Indian journal of veterinary science and animal husbandry - Volume 12,
Year: 1942
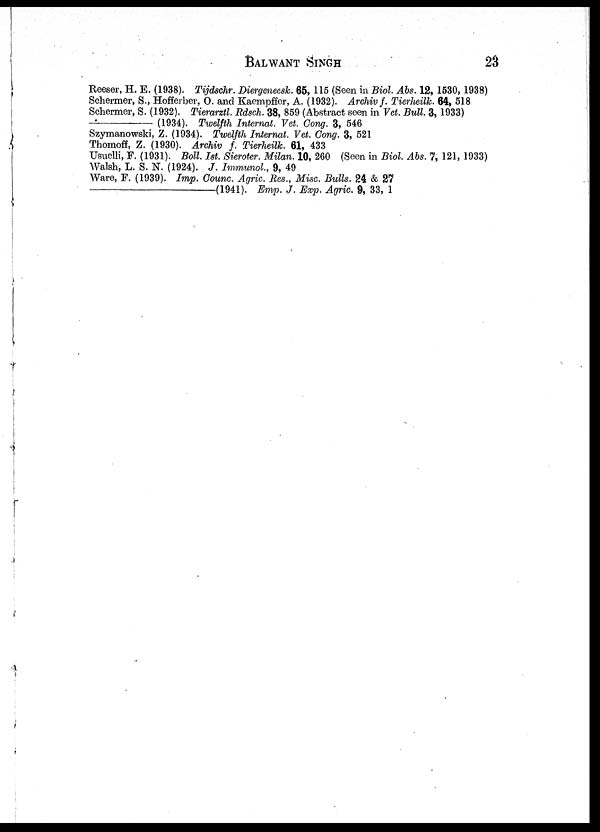
BALWANT
SINGH
23
Reeser, H. E. (1938). Tijdschr. Diergeneesk. 65, 115 (Seen in Biol. Abs. 12, 1530, 1938)
Schermer, S., Hofferber, O. and Kaempffer, A. (1932). Archiv f. Tierheilk. 64, 518
Schermer, S. (1932). Tierarztl. Rdsch. 38, 859 (Abstract seen in Vet. Bull. 3, 1933)
—
(1934). Tivelfth Internat. Vet. Gong. 3, 546
Szymanowski, Z. (1934). Twelfth Internat. Vet. Cong. 3, 521
Thomoff, Z. (1930). Archiv f. Tierheilk. 61, 433
Usuelli, F. (1931). Boll. Ist. Sieroter. Milan. 10, 260 (Seen in Biol. Abs. 7, 121, 1933)
Walsh, L. S. N. (1924). J. Immunol., 9, 49
Ware, F. (1939). Imp. Counc. Agric. Res., Misc. Bulls. 24 & 27
—(1941).
Emp. J. Exp. Agric. 9, 33, 1